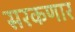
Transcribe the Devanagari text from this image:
सरकणार